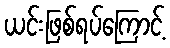
ယင်းဖြစ်ရပ်ကြောင့်